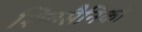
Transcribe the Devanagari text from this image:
शिवसैनिकों